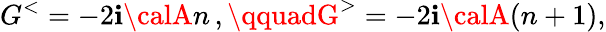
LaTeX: G^{<}=-2\mathbf{i}{\calA}n\, ,\qquadG^{>}=-2\mathbf{i}{\calA}(n+1),